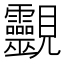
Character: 䚖